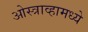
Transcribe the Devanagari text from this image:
ओस्त्राव्हामध्ये